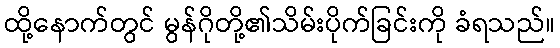
ထို့နောက်တွင် မွန်ဂိုတို့၏သိမ်းပိုက်ခြင်းကို ခံရသည်။